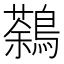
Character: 鷋